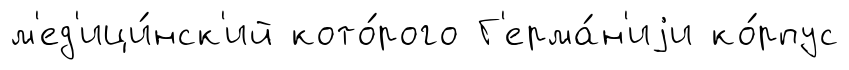
м'ед'ици́нск'ий кото́рого Г'ерма́н'иjи ко́рпус